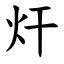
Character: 㶥